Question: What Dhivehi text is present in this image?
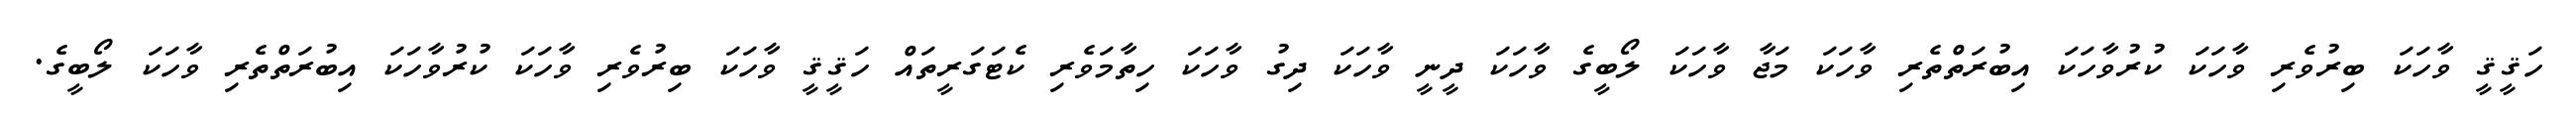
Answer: ހަޤީޤީ ވާހަކަ ބިރުވެރި ވާހަކަ ކުރުވާހަކަ އިބުރަތްތެރި ވާހަކަ މަޖާ ވާހަކަ ލޯބީގެ ވާހަކަ ދީނީ ވާހަކަ ދިގު ވާހަކަ ހިތާމަވެރި ކެޓަގަރީތައް ހަޤީޤީ ވާހަކަ ބިރުވެރި ވާހަކަ ކުރުވާހަކަ އިބުރަތްތެރި ވާހަކަ ލޯބީގެ.